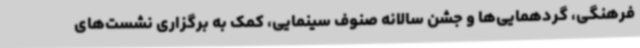
فرهنگی، گردهمایی‌ها و جشن سالانه صنوف سینمایی، کمک به برگزاری نشست‌های